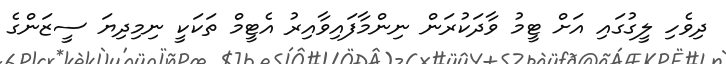
ދިވެހި ލީގުގައި އަށް ޓީމު ވާދަކުރަން ނިންމާފައިވާއިރު އެޓީމް ތަކަކީ ނިމިދިޔަ ސީޒަންގެ